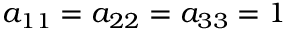
a _ { 1 1 } = a _ { 2 2 } = a _ { 3 3 } = 1